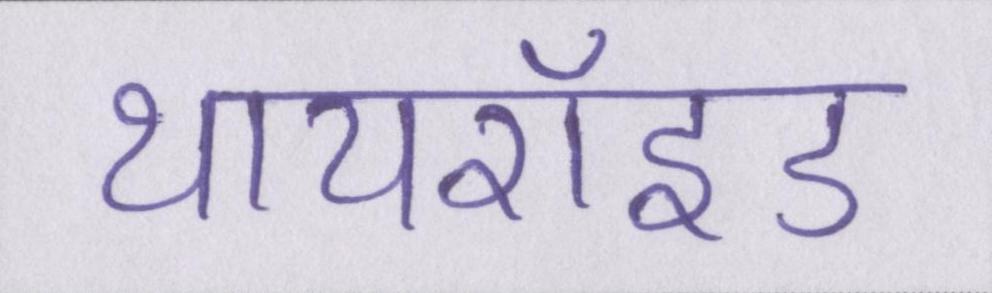
थायरॉइड